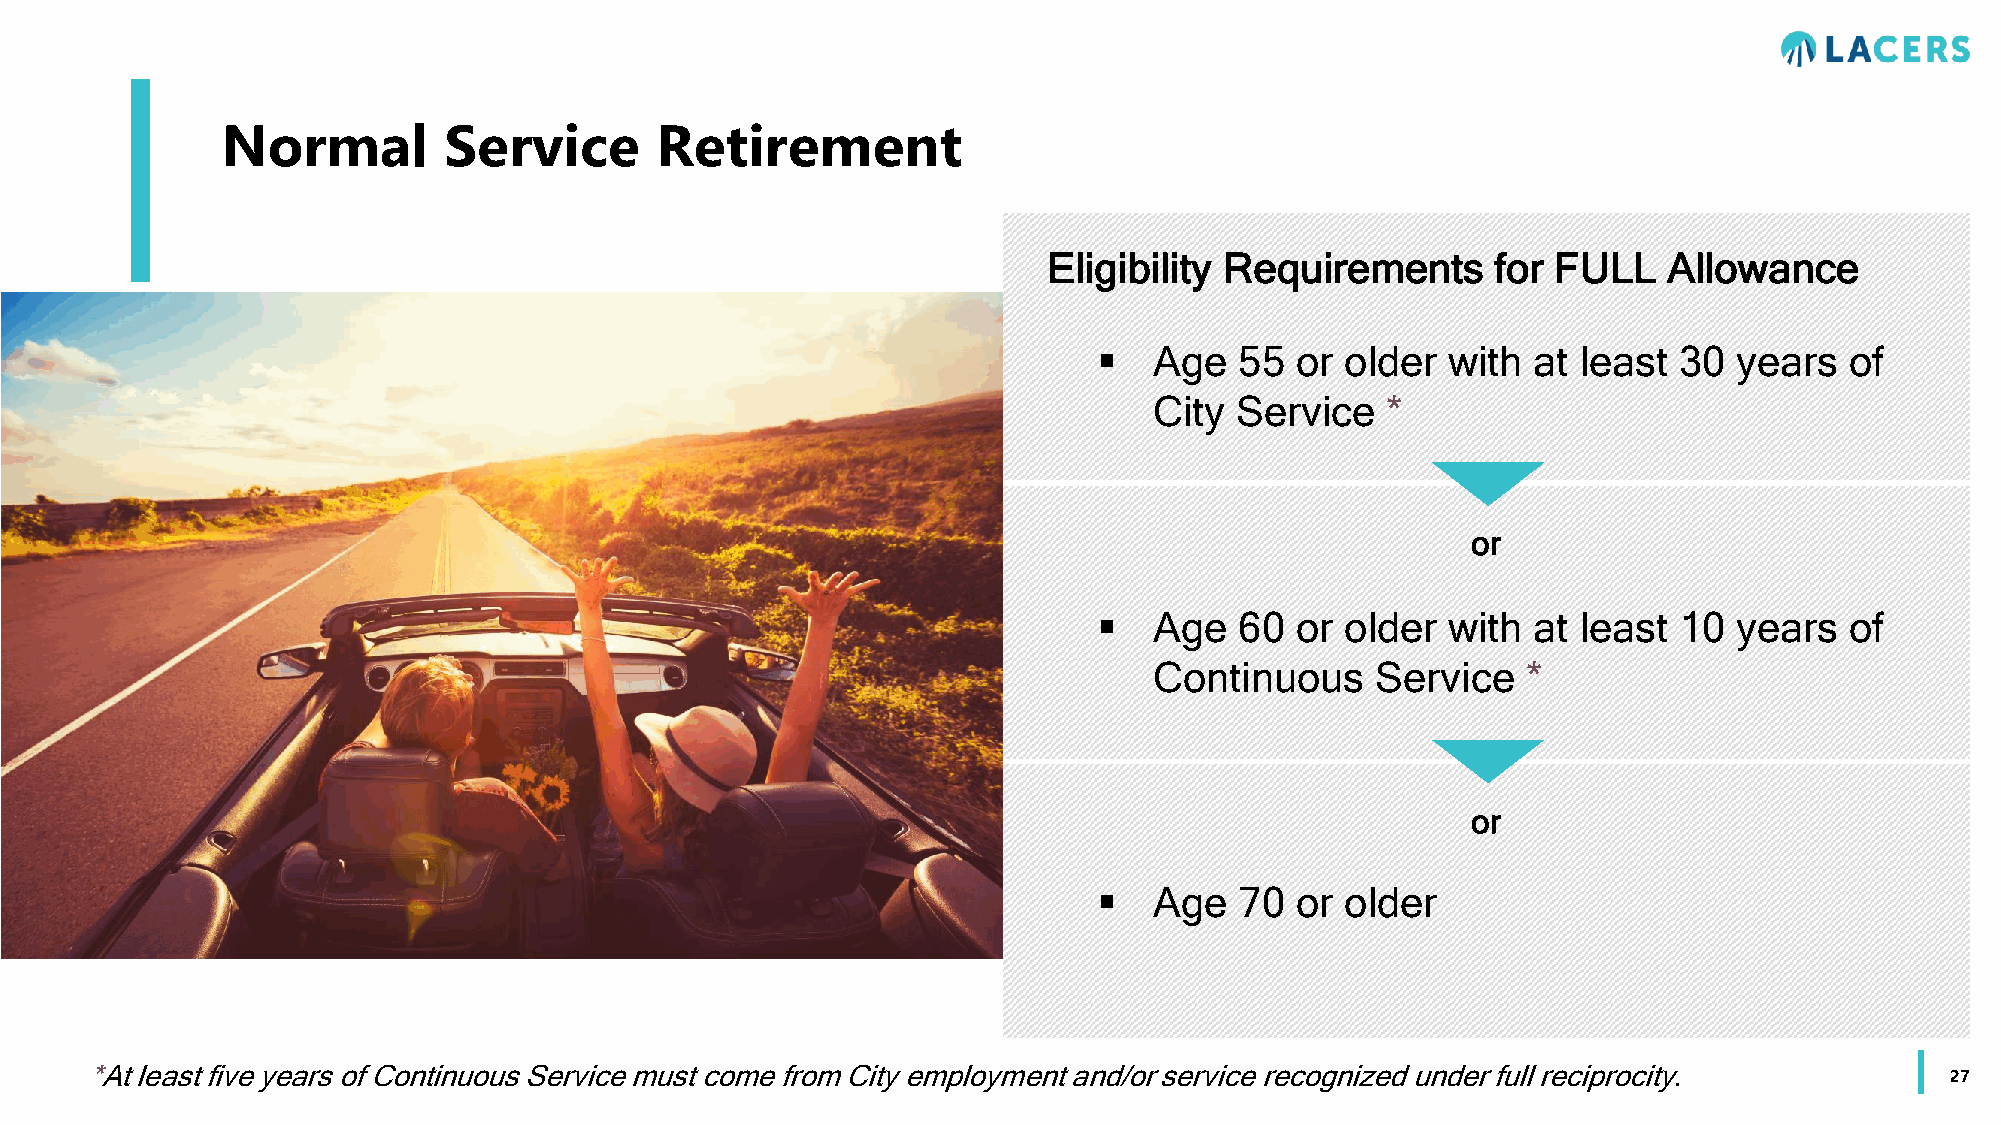
Normal        Service       Retirement
 Eligibility Requirements      for FULL   Allowance
   Age   55  or older  with at  least 30  years  of
 City  Service   *
 or
   Age   60  or older  with at  least 10  years  of
 Continuous     Service   *
 or
   Age   70  or older
 *At least five years of Continuous Service must come from City employment and/or service recognized under full reciprocity.
 27